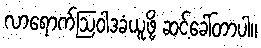
လာရောက်ဩဝါဒခံယူဖို့ ဆင့်ခေါ်တာပါ။